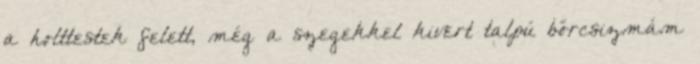
a holttestek felett, még a szegekkel kivert talpú bőrcsizmám